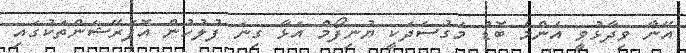
އޭނާ ވިދާޅުވީ އެންމެ ބޮޑު މަގުސަދަކީ ޔުނިފޯމް އަޅާ ގިނަ ފުލުހުން އޮޕަރޭޝަންތަކުގައި